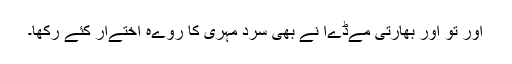
اور تو اور بھارتی مےڈےا نے بھی سرد مہری کا روےہ اختےار کئے رکھا۔